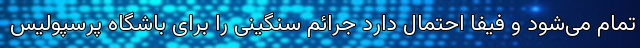
تمام می‌شود و فیفا احتمال دارد جرائم سنگینی را برای باشگاه پرسپولیس